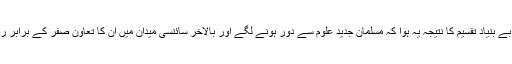
لیکن اس بے بنیاد تقسیم کا نتیجہ یہ ہوا کہ مسلمان جدید علوم سے دور ہونے لگے اور بالآخر سائنسی میدان میں ان کا تعاون صفر کے برابر رہ گیا ہے۔